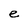
Character: e